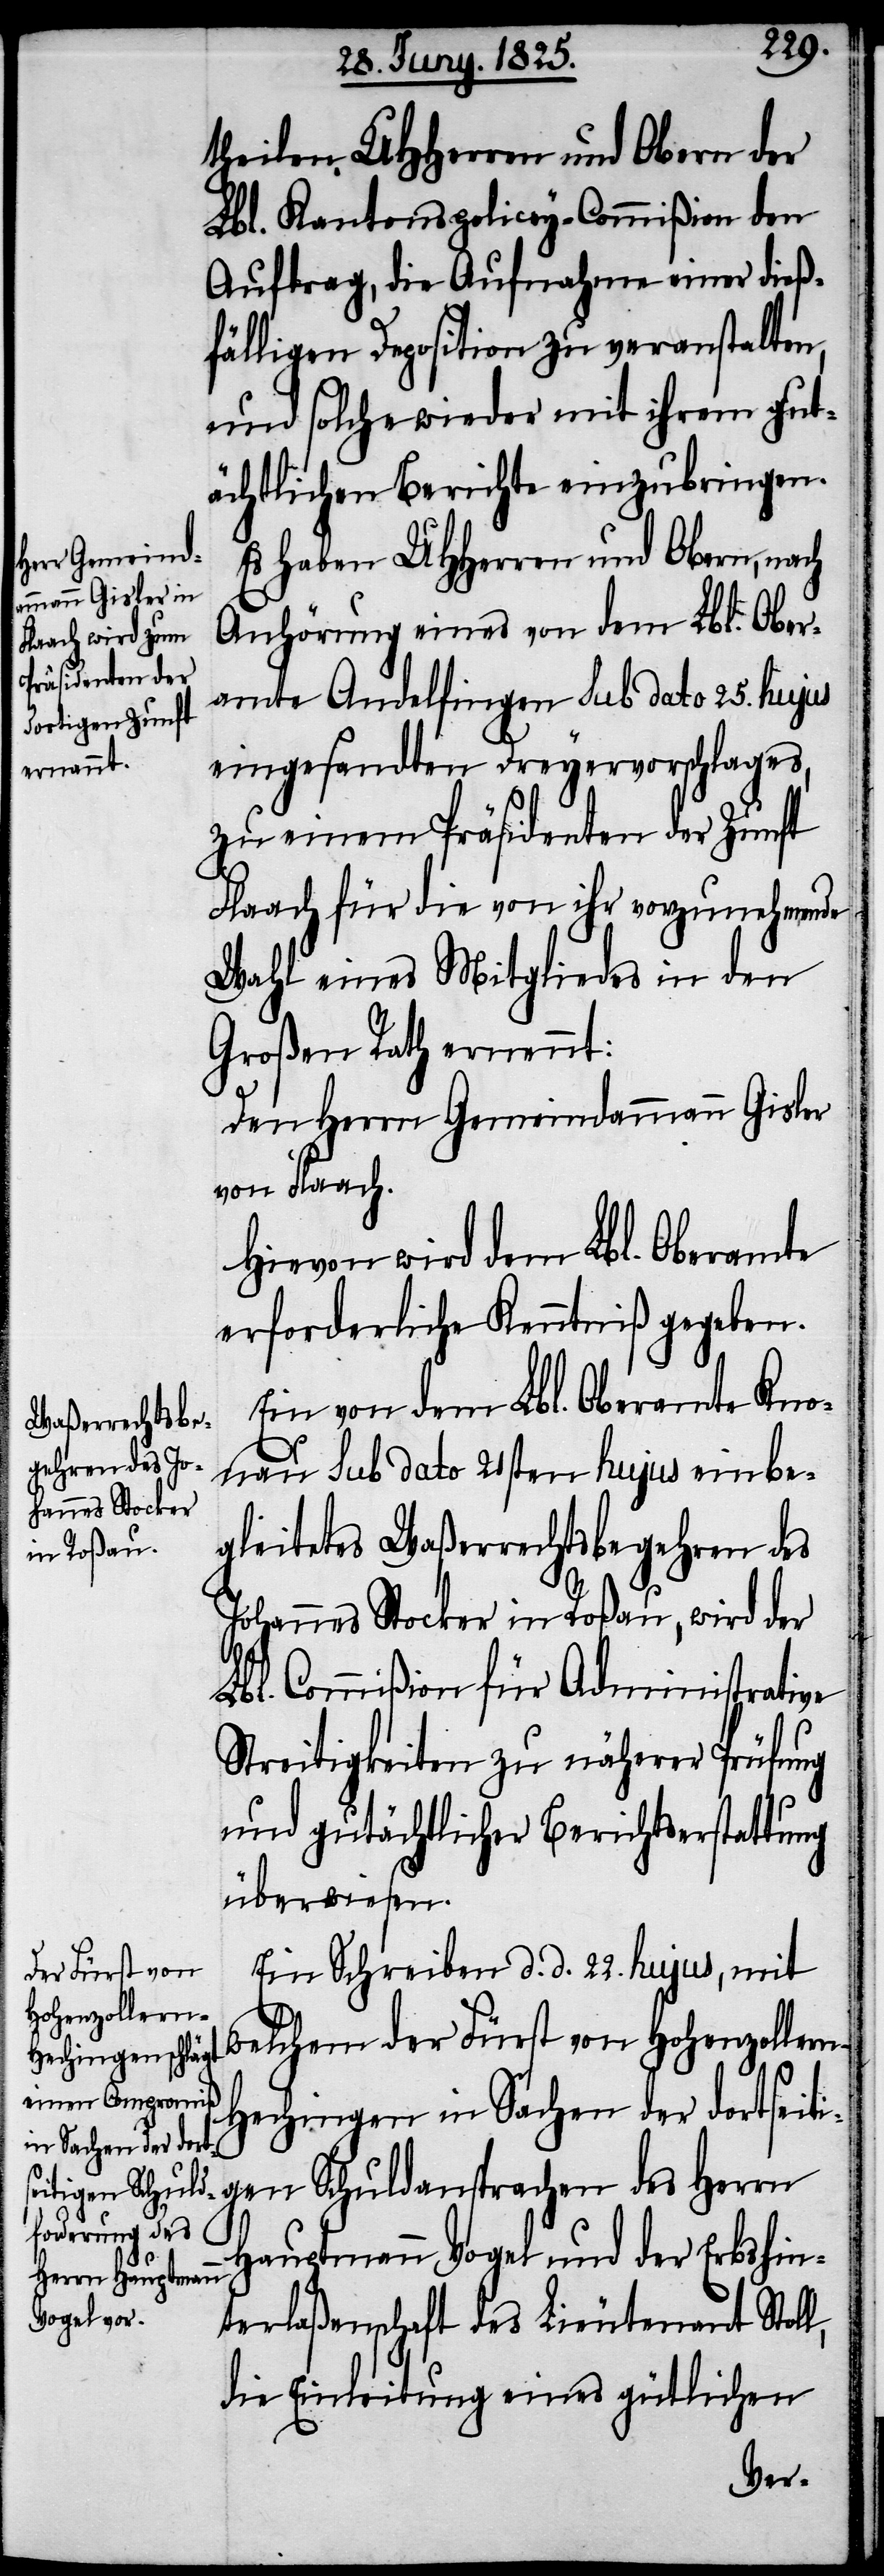
theilen UHHerren und Obern der
Lbl. Kantons-Policey-Commißion den
Auftrag, die Aufnahme einer dieß¬
fälligen Deposition zu veranstalten,
und solche wieder mit ihrem gut¬
ächtlichen Berichte einzubringen.
Es haben UHHerren und Obern, nach
Anhörung eines von dem Lbl. Ober¬
amte Andelfingen sub dato 25. hujus
eingesandten Dreyervorschlages,
zu einem Präsidenten der Zunft
Flaach für die von ihr vorzunehmende
Wahl eines Mitgliedes in den
Großen Rath ernennt:
Den Herrn Gemeindammann Gisler
von Flaach.
Hievon wird dem Lbl. Oberamte
erforderliche Kenntniß gegeben.
Ein von dem Lbl. Oberamte Kno¬
nau sub dato 21sten hujus einbe¬
gleitetes Waßerrechtsbegehren des
Johannes Stocker in Roßau, wird der
Lbl. Commißion für Administrative
Streitigkeiten zu näherer Prüfung
und gutächtlicher Berichtserstattung
überwiesen.
Ein Schreiben d. d. 22. hujus, mit
welchem der Fürst von Hohenzoller¬
n-Hechingen in Sachen der dortseiti¬
gen Schuldansprachen des Herrn
Hauptmann Vogel und der Erbshin¬
terlaßenschaft des Lieutenant Stoll,
die Einleitung eines gütlichen